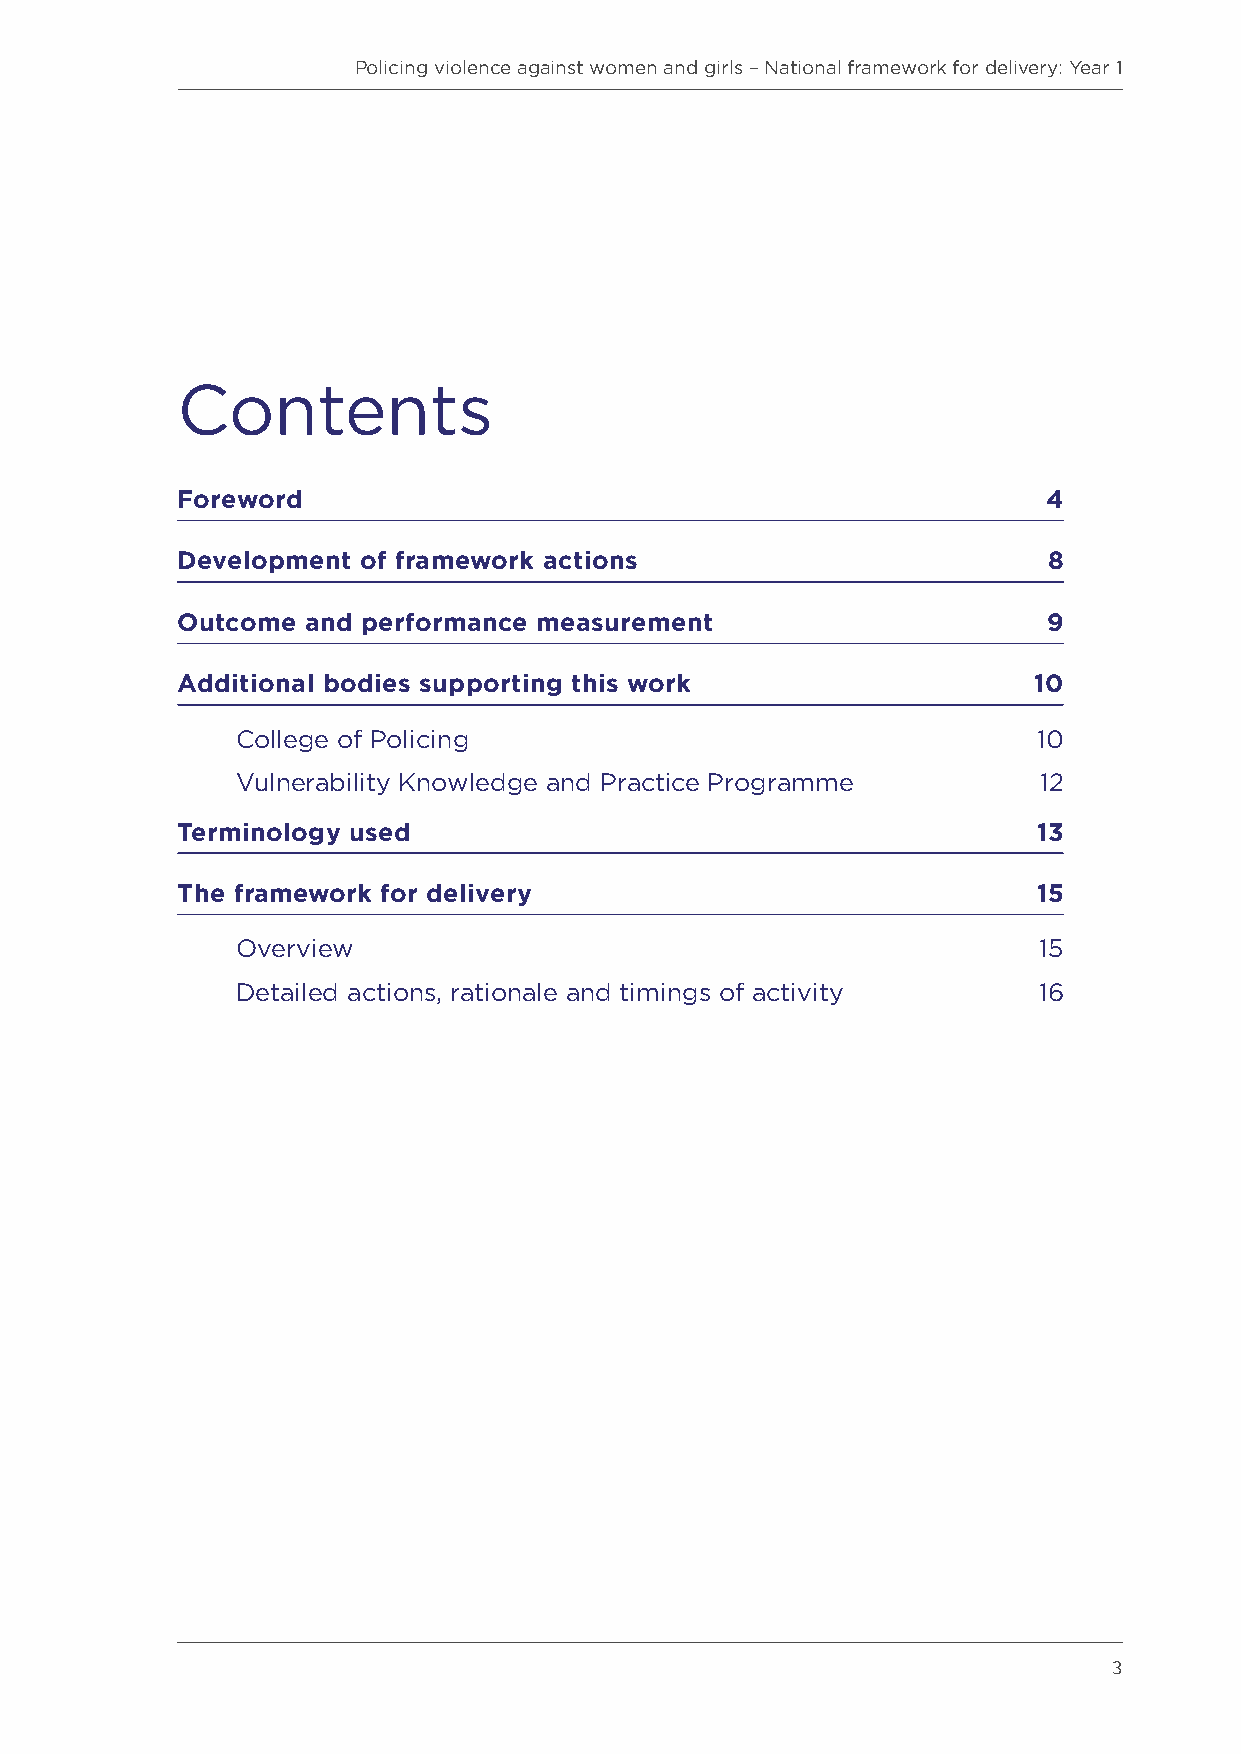
Policing violence against women and girls – National framework for delivery: Year 1
 Contents
 Foreword                                                 4
 Development of framework actions                         8
 Outcome and performance measurement                      9
 Additional bodies supporting this work                  10
 College of Policing                                  10
 Vulnerability Knowledge and Practice Programme       12
 Terminology used                                         13
 The framework for delivery                               15
 Overview                                             15
 Detailed actions, rationale and timings of activity  16
 3